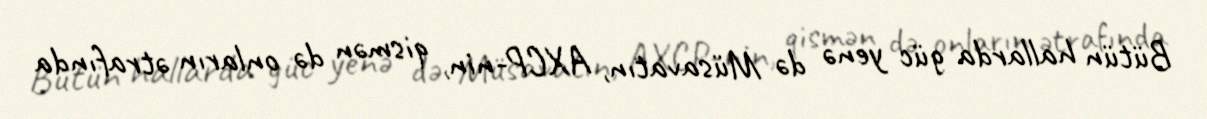
Bütün hallarda güc yenə də Müsavatın, AXCP-nin, qismən də onların ətrafında